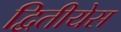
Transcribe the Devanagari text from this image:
द्वितीयेस